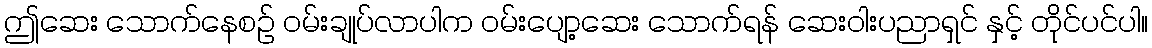
ဤဆေး သောက်နေစဉ် ဝမ်းချုပ်လာပါက ဝမ်းပျော့ဆေး သောက်ရန် ဆေးဝါးပညာရှင် နှင့် တိုင်ပင်ပါ။